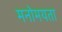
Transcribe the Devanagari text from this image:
मनोमयता